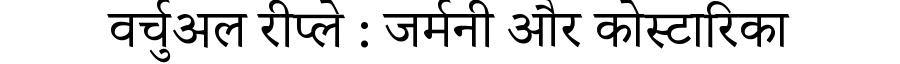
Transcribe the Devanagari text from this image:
वर्चुअल रीप्ले : जर्मनी और कोस्टारिका